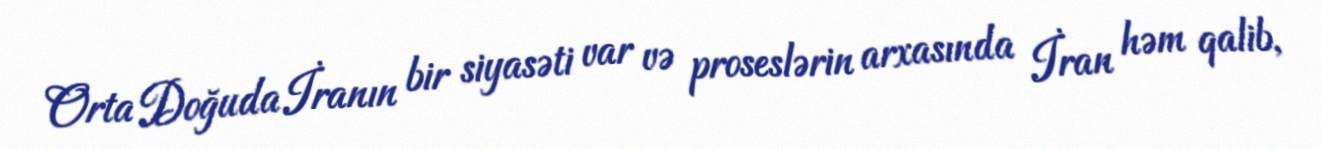
Orta Doğuda İranın bir siyasəti var və proseslərin arxasında İran həm qalib,